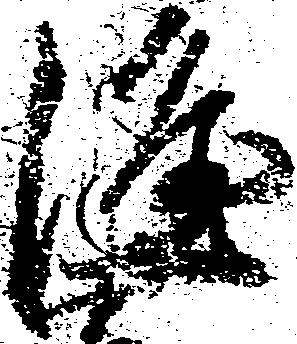
隆